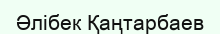
Әлібек Қаңтарбаев